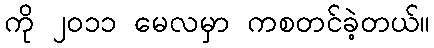
ကို ၂၀၁၁ မေလမှာ ကစတင်ခဲ့တယ်။